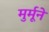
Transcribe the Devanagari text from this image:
मुर्मूने